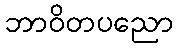
ဘာဝိတပညော